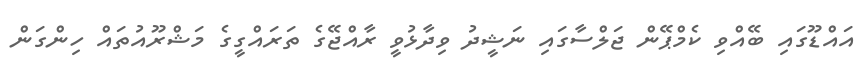
އައްޑޫގައި ބޭއްވި ކެމްޕޭން ޖަލްސާގައި ނަޝީދު ވިދާޅުވީ ރާއްޖޭގެ ތަރައްގީގެ މަޝްރޫއުތައް ހިންގަން